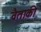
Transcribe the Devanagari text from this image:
वैताकी